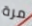
مرة